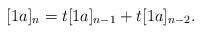
LaTeX: \begin{align*}[1a]_n = t [1a]_{n-1} + t [1a]_{n-2}.\end{align*}